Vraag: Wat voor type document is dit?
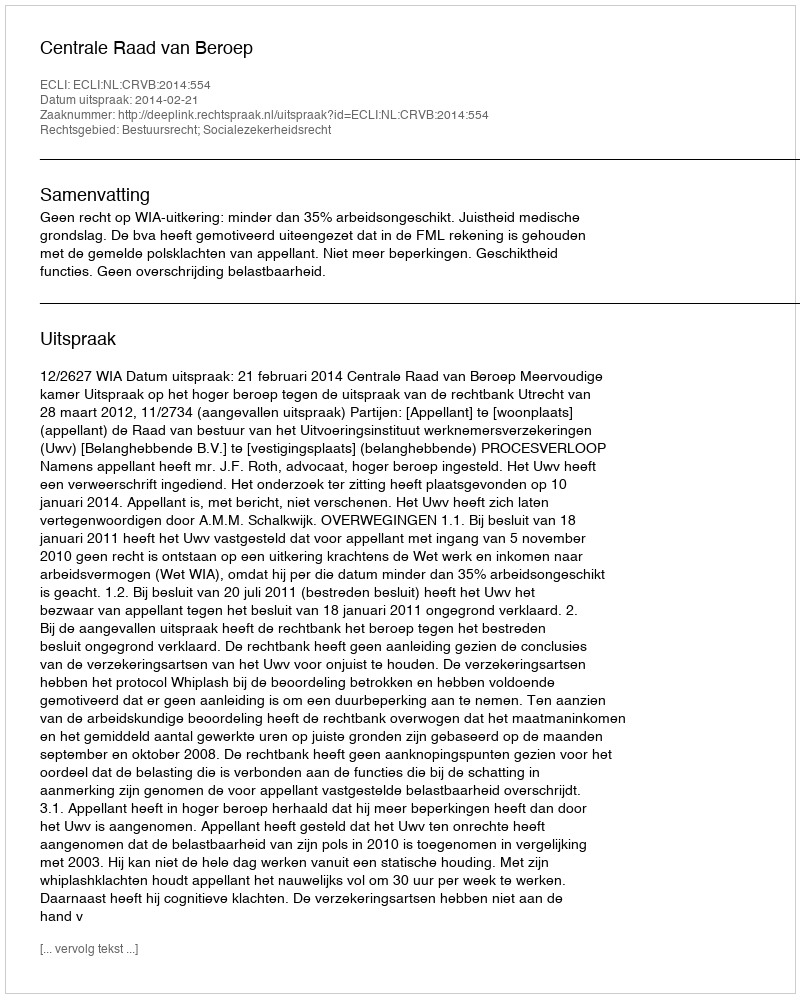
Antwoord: Uitspraak